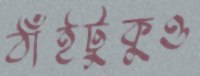
ঠাঁইটুকুও